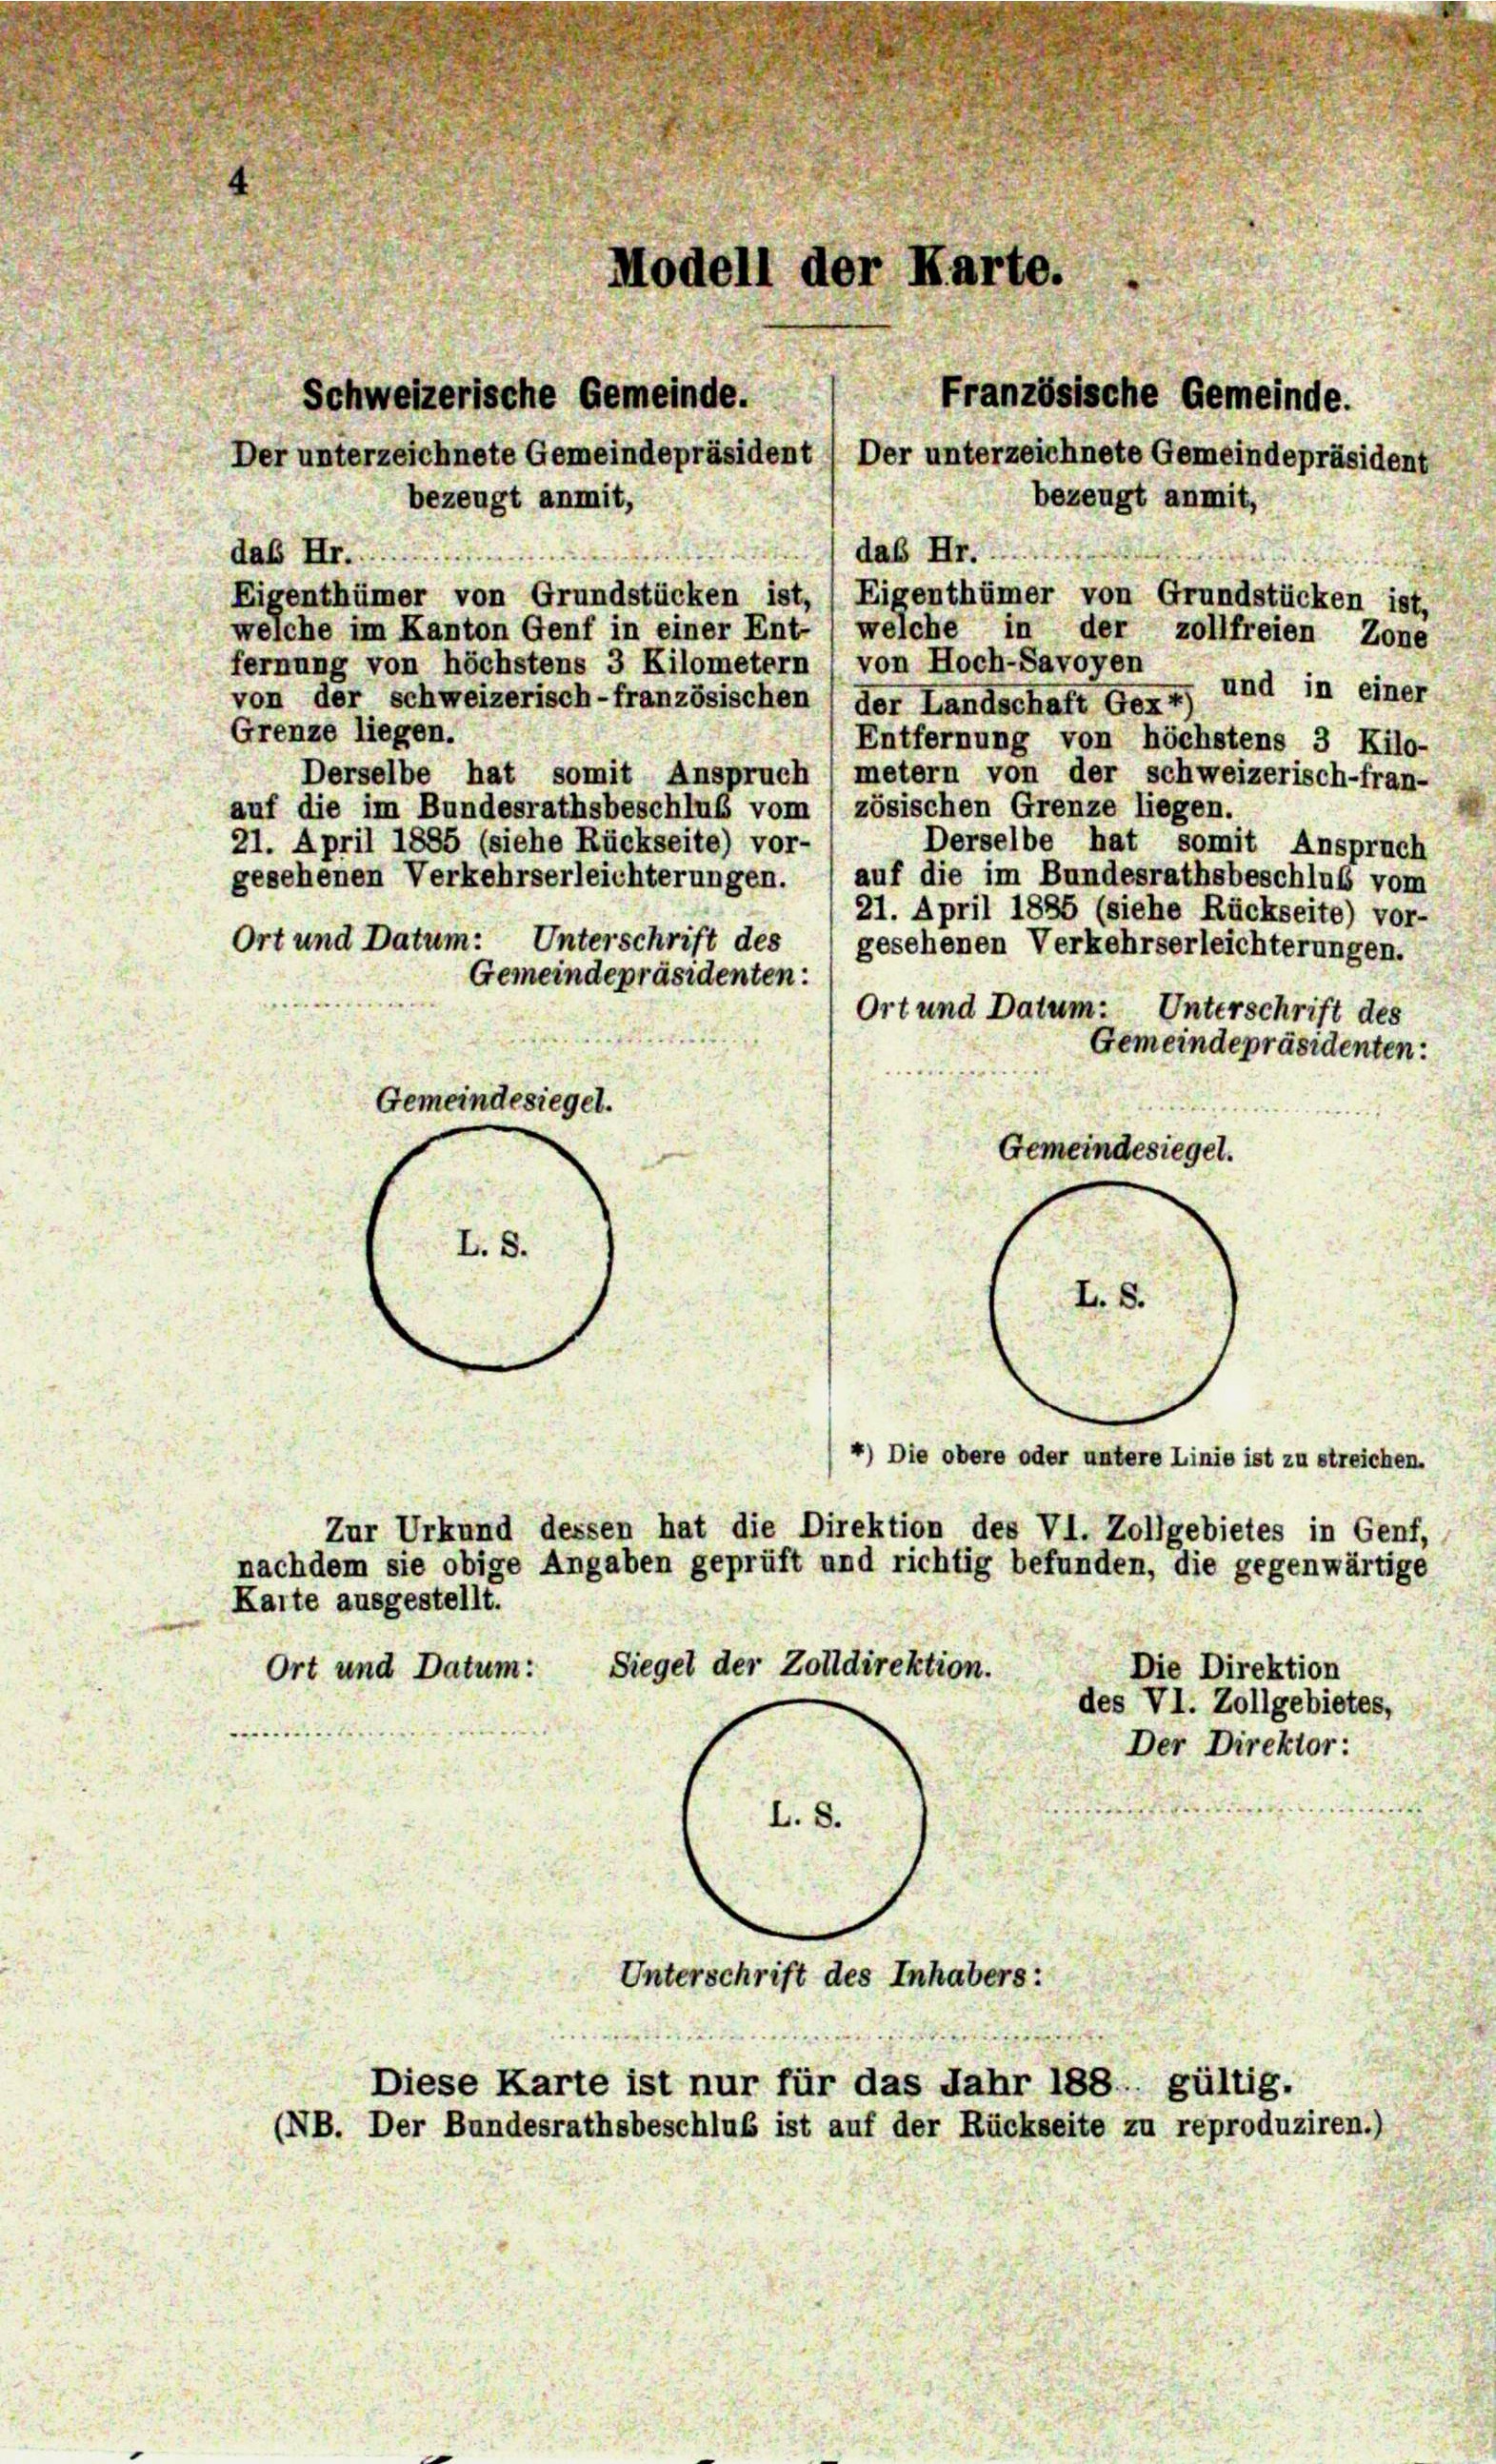
bezeugt anmit,
.
daß Hr.
daß Hr.
Eigenthümer von Grundstücken ist, (Eigenthümer von Grundstücken ist,
weiche im Kanton Genf in einer Ent- / welche in der zollfreien Zone
fernung von höchstens 3 Kilometern von Hoch-Savoyen, und in einer
von der schweizerisch-französischen (der Landschaft Gex
Grenze liegen.
Entfernung von höchstens 3 Kilo-
Derselbe hat somit Anspruch metern von der schweizerisch-fran-
auf die im Bundesrathsbeschluß vom /zösischen Grenze liegen.
Derselbe hat somit Anspruch
21. April 1885 (siehe Rückseite) vor-
gesehenen Verkehrserleichterungen. (auf die im Bundesrathsbeschluß vom
21. April 1835 (siehe Rückseite) vor-
Ort und Datum: Unterschrift des gesehenen Verkehrserleichterungen.
Gemeindepräsidenten:
Ort und Datum: Unterschrift des
Gemeindepräsidenten:
Gemeindesiegel.
Gemeindesiegel.
L.S.
L.S.
4) Die obere oder untere Linie ist zu streichen.

Schweizerische Gemeinde.

Modell der Karte.

Kaite ausgestellt.
Ort und Datum:

Der unterzeichnete Gemeindepräsident (Der unterzeichnete Gemeindepräsident

Zur Urkund dessen hat die Direktion des VI. Zollgebietes in Genf,

Französische Gemeinde.
bezeugt anmit,

nachdem sie obige Angaben geprüft und richtig befunden, die gegenwärtige
Siegel der Zolldirektion.
Die Direktion
des VI. Zollgebietes,
Der Direktor :
L. 8.
Unterschrift des Inhabers:
Diese Karte ist nur für das Jahr 188. gültig.
(NB. Der Bundesrathsbeschluß ist auf der Rückseite zu reproduziren.)